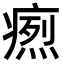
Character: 𤹐